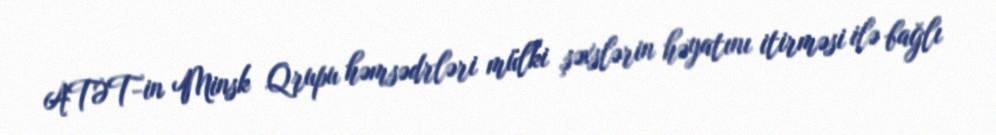
ATƏT-in Minsk Qrupu həmsədrləri mülki şəxslərin həyatını itirməsi ilə bağlı